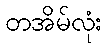
တအိမ်လုံး